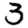
Digit: 3